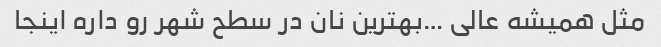
مثل همیشه عالی …بهترین نان در سطح شهر رو داره اینجا